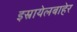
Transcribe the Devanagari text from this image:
इस्रायेलबाहेर